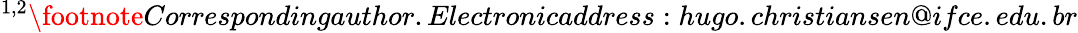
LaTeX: ^{1,2}\footnote{Correspondingauthor.Electronicaddress:hugo.christiansen@ifce.edu.br}